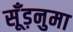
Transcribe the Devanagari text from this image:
सूँड़नुमा